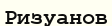
Ризуанов